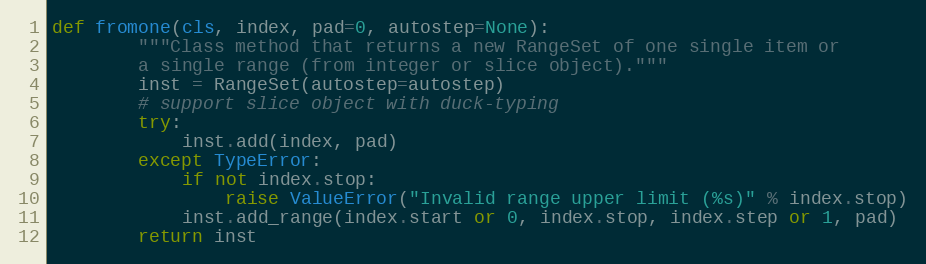
Language: Python
def fromone(cls, index, pad=0, autostep=None):
        """Class method that returns a new RangeSet of one single item or
        a single range (from integer or slice object)."""
        inst = RangeSet(autostep=autostep)
        # support slice object with duck-typing
        try:
            inst.add(index, pad)
        except TypeError:
            if not index.stop:
                raise ValueError("Invalid range upper limit (%s)" % index.stop)
            inst.add_range(index.start or 0, index.stop, index.step or 1, pad)
        return inst